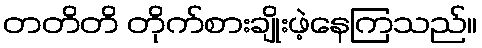
တတိတိ တိုက်စားချိုးဖဲ့နေကြသည်။